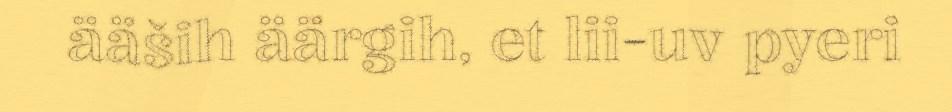
ääših äärgih, et lii-uv pyeri